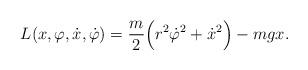
LaTeX: \begin{align*}L(x,\varphi,\dot x,\dot\varphi)=\frac{m}{2}\Big(r^2\dot \varphi^2+\dot x^2\Big)-mgx.\end{align*}